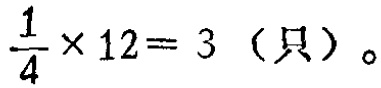
$\frac{1}{4} \times 12 = 3（只）。$